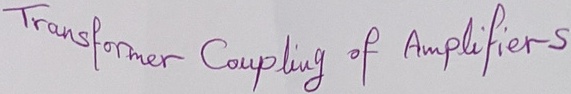
Text: Transformer Coupling of Amplifiers